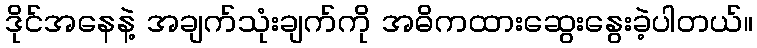
ဒိုင်အနေနဲ့ အချက်သုံးချက်ကို အဓိကထားဆွေးနွေးခဲ့ပါတယ်။